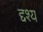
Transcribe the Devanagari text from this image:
द्दश्य